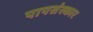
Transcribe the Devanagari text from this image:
पापसंस्कार